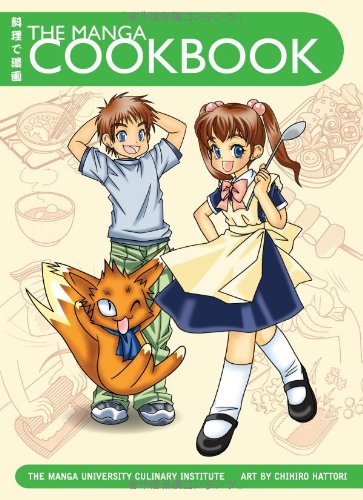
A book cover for The Manga Cookbook; The Manga University Culinary Institute; Cookbooks, Food & Wine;